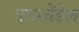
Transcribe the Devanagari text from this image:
पासचेंडेल